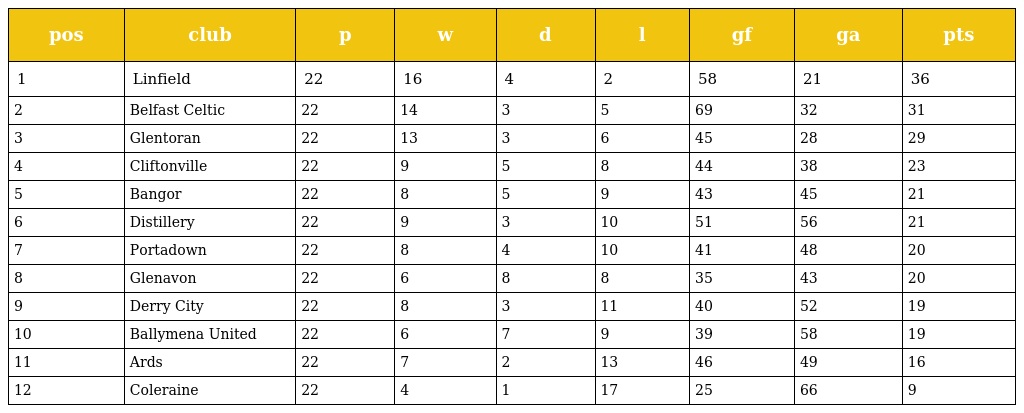
| pos | club | p | w | d | l | gf | ga | pts |
 | --- | --- | --- | --- | --- | --- | --- | --- | --- |
 | 1 | Linfield | 22 | 16 | 4 | 2 | 58 | 21 | 36 |
 | 2 | Belfast Celtic | 22 | 14 | 3 | 5 | 69 | 32 | 31 |
 | 3 | Glentoran | 22 | 13 | 3 | 6 | 45 | 28 | 29 |
 | 4 | Cliftonville | 22 | 9 | 5 | 8 | 44 | 38 | 23 |
 | 5 | Bangor | 22 | 8 | 5 | 9 | 43 | 45 | 21 |
 | 6 | Distillery | 22 | 9 | 3 | 10 | 51 | 56 | 21 |
 | 7 | Portadown | 22 | 8 | 4 | 10 | 41 | 48 | 20 |
 | 8 | Glenavon | 22 | 6 | 8 | 8 | 35 | 43 | 20 |
 | 9 | Derry City | 22 | 8 | 3 | 11 | 40 | 52 | 19 |
 | 10 | Ballymena United | 22 | 6 | 7 | 9 | 39 | 58 | 19 |
 | 11 | Ards | 22 | 7 | 2 | 13 | 46 | 49 | 16 |
 | 12 | Coleraine | 22 | 4 | 1 | 17 | 25 | 66 | 9 |